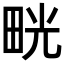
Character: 𤱳